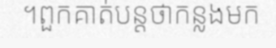
។ពួកគាត់បន្តថាកន្លងមក